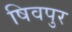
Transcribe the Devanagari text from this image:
षिवपुर